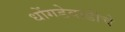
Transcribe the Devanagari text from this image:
धोंगडेवाडीचे